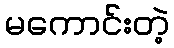
မကောင်းတဲ့